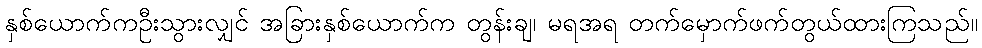
နှစ်ယောက်ကဦးသွားလျှင် အခြားနှစ်ယောက်က တွန်းချ၊ မရအရ တက်မှောက်ဖက်တွယ်ထားကြသည်။